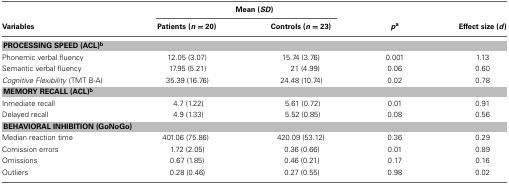
| <COLSPAN=5> Mean (SD) |
 | Variables | Patients (n = 20) | Controls (n = 23) | pa | Effect size (d) |
 | --- | --- | --- | --- | --- |
 | <COLSPAN=5> PROCESSING SPEED (ACL)b |
 | Phonemic verbal fluency | 12.05 (3.07) | 15.74 (3.76) | 0.001 | 1.13 |
 | Semantic verbal fluency | 17.95 (5.21) | 21 (4.99) | 0.06 | 0.60 |
 | Cognitive Flexibility (TMT B-A) | 35.39 (16.76) | 24.48 (10.74) | 0.02 | 0.78 |
 | <COLSPAN=5> MEMORY RECALL (ACL)b |
 | Inmediate recall | 4.7 (1.22) | 5.61 (0.72) | 0.01 | 0.91 |
 | Delayed recall | 4.9 (1.33) | 5.52 (0.85) | 0.08 | 0.56 |
 | <COLSPAN=5> BEHAVIORAL INHIBITION (GoNoGo) |
 | Median reaction time | 401.06 (75.86) | 420.09 (53.12) | 0.36 | 0.29 |
 | Comission errors | 1.72 (2.05) | 0.36 (0.66) | 0.01 | 0.89 |
 | Omissions | 0.67 (1.85) | 0.46 (0.21) | 0.17 | 0.16 |
 | Outliers | 0.28 (0.46) | 0.27 (0.55) | 0.98 | 0.02 |